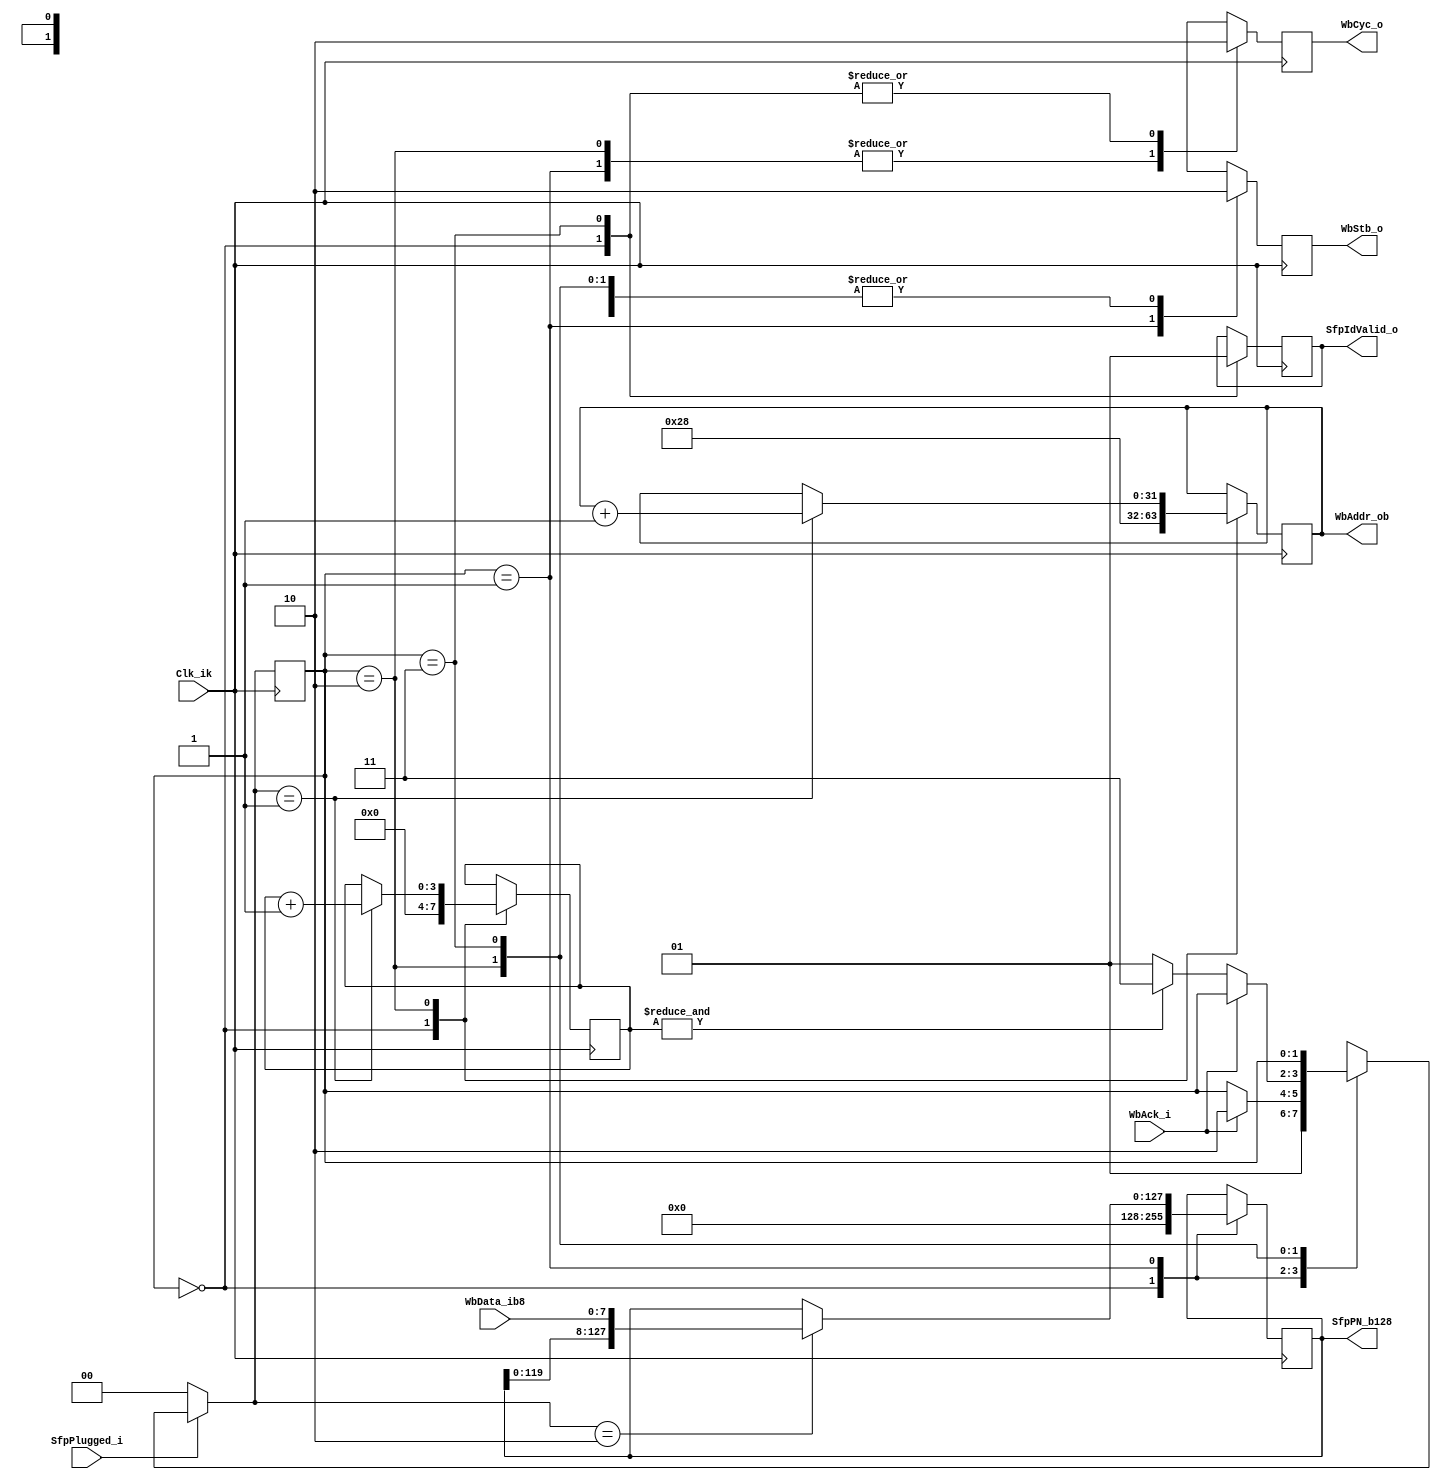
`timescale 1ns/1ns

module SfpIdReader #(
    parameter g_SfpWbBaseAddress = 0,
	      g_WbAddrWidth = 32)
(
    input                            Clk_ik,
    input                            SfpPlugged_i,
    output reg                       SfpIdValid_o,
    output reg             [127 : 0] SfpPN_b128,
    output reg                       WbCyc_o,
    output reg                       WbStb_o,
    output reg [g_WbAddrWidth-1 : 0] WbAddr_ob,
    input                    [7 : 0] WbData_ib8,
    input                            WbAck_i);

localparam s_NoSfp    = 0,
	     s_WbStart  = 1,
	     s_WbClose  = 2,
	     s_Done     = 3;

reg [1:0] State_q    = s_NoSfp,
	     NextState_a;

reg [3:0] ByteRead_c4;

always @(posedge Clk_ik) State_q <= NextState_a;

always @*
    if (!SfpPlugged_i) NextState_a = s_NoSfp;
    else begin
	NextState_a = State_q;
	case (State_q)
	    s_NoSfp:    if (SfpPlugged_i) NextState_a = s_WbStart;
	    s_WbStart:  if (WbAck_i)      NextState_a = s_WbClose;
	    s_WbClose:  if (!WbAck_i)     NextState_a = &ByteRead_c4 ? s_Done : s_WbStart;
	    s_Done:;
	    default: NextState_a = s_NoSfp;
	endcase
    end

always @(posedge Clk_ik)
    case (State_q)
	s_NoSfp: begin
	    SfpIdValid_o  <= 1'b0;
	    ByteRead_c4 <= 4'd0;
	    WbCyc_o     <= 1'b0;
	    WbStb_o     <= 1'b0;
	    WbAddr_ob   <= g_SfpWbBaseAddress + 40;
	    SfpPN_b128  <= 128'd0;
	end
	s_WbStart: begin
	    WbCyc_o     <= 1'b1;
	    WbStb_o     <= 1'b1;
	    if (NextState_a==s_WbClose) SfpPN_b128 <= {SfpPN_b128[119:0], WbData_ib8};
	end
	s_WbClose: begin
	    WbCyc_o     <= 1'b1;
	    WbStb_o     <= 1'b0;
	    if (NextState_a==s_WbStart) begin
		WbAddr_ob   <= WbAddr_ob   + 1'b1;
		ByteRead_c4 <= ByteRead_c4 + 1'b1;
	    end
	end
	s_Done: begin
	    SfpIdValid_o  <= 1'b1;
	    WbCyc_o     <= 1'b0;
	    WbStb_o     <= 1'b0;
	end
    endcase

endmodule